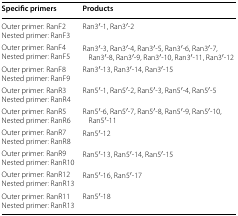
<table><thead><tr><td><b>Specific primers</b></td><td><b>Products</b></td></tr></thead><tbody><tr><td>Outer primer: RanF2Nested primer: RanF3</td><td>Ran3′-1, Ran3′-2</td></tr><tr><td>Outer primer: RanF4Nested primer: RanF5</td><td>Ran3′-3, Ran3′-4, Ran3′-5, Ran3′-6, Ran3′-7, Ran3′-8, Ran3′-9, Ran3′-10, Ran3′-11, Ran3′-12</td></tr><tr><td>Outer primer: RanF8Nested primer: RanF9</td><td>Ran3′-13, Ran3′-14, Ran3′-15</td></tr><tr><td>Outer primer: RanR3Nested primer: RanR4</td><td>Ran5′-1, Ran5′-2, Ran5′-3, Ran5′-4, Ran5′-5</td></tr><tr><td>Outer primer: RanR5Nested primer: RanR6</td><td>Ran5′-6, Ran5′-7, Ran5′-8, Ran5′-9, Ran5′-10, Ran5′-11</td></tr><tr><td>Outer primer: RanR7Nested primer: RanR8</td><td>Ran5′-12</td></tr><tr><td>Outer primer: RanR9Nested primer: RanR10</td><td>Ran5′-13, Ran5′-14, Ran5′-15</td></tr><tr><td>Outer primer: RanR12Nested primer: RanR13</td><td>Ran5′-16, Ran5′-17</td></tr><tr><td>Outer primer: RanR11Nested primer: RanR13</td><td>Ran5′-18</td></tr></tbody></table>